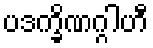
ပဒက္ခိဏဂ္ဂါဟီ